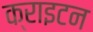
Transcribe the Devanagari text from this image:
क्राइटन